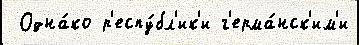
 Одна́ко р'еспу́бл'ик'и г'ерма́нск'им'и